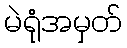
မဲရုံအမှတ်